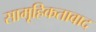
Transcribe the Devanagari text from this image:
सामूहिकतावाद